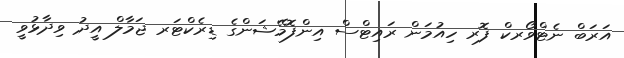
އަރަބް ނެޓްވޯރކް ފޮރ ހިއުމަން ރައިޓްސް އިންފޮމޭޝަންގެ ޑިރެކްޓަރ ޖަމާލް އީދު ވިދާޅުވީ